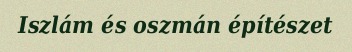
Iszlám és oszmán építészet